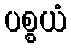
ပစ္စယံ